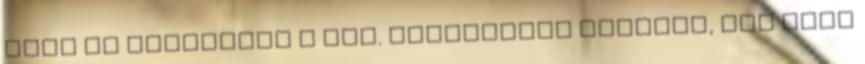
kell az ügyfélnek a név. Amennyiben azonnal, azt csak